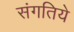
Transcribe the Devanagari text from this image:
संगतिये